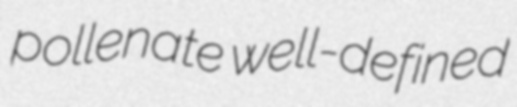
pollenate well-defined